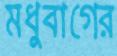
মধুবাগের